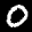
Label: 0